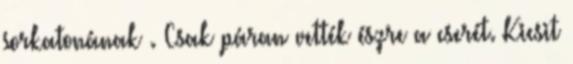
sorkatonának . Csak páran vették észre a cserét. Kicsit